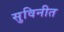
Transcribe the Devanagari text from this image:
सुविनीत